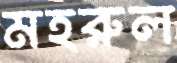
মহরুল